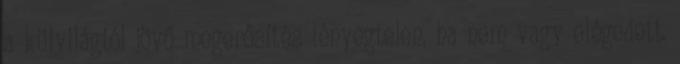
a külvilágtól jövő megerősítés lényegtelen, ha nem vagy elégedett.